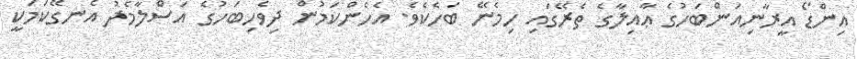
އިންޑޯ އީރާނިއަންބަހުގެ ޢާއިލާގެ ތެރޭގައި ހިމެނޭ ބަހެކެވެ. އެހެންކަމުން ދިވެހިބަހުގެ އަސްލާމެދު އެނގޭކަމަކީ